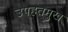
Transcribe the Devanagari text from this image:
उपहतमुख